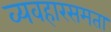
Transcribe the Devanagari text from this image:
व्यवहारसमता